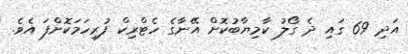
އަދި 69 ގައި ދެ ގޯލު ކާމިޔާބުކޮށް އޭނާގެ ހެޓްރިކް ފުރިހަމަކޮށްފަ އެވެ.